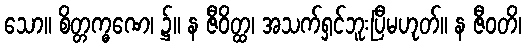
သော။ စိတ္တက္ဓဏေ၊ ၌။ န ဇီဝိတ္ထ၊ အသက်ရှင်ဘူးပြီမဟုတ်။ န ဇီဝတိ၊